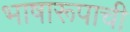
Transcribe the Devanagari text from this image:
भाषारूपाची